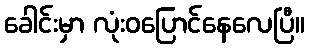
ခေါင်းမှာ လုံးဝပြောင်နေလေပြီ။